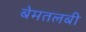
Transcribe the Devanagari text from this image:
बेमतलबी